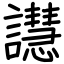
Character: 譿